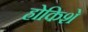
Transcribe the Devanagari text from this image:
होकिशे